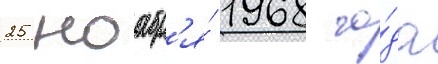
25 ноабр'я́ 1968 го́да